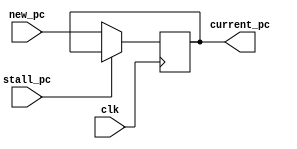
module PC (
    input wire clk,
    input wire stall_pc,
    input wire [31:0] new_pc,
    // input wire is_cache_hit_temp,
    // input wire [31:0] cache_hit_data_in,

    // output reg [31:0] cache_hit_data,
    // output reg is_cache_hit,
    output reg [31:0] current_pc
);
    always @(posedge clk) begin
        if(~stall_pc) begin
            current_pc <= new_pc;
            // is_cache_hit <= is_cache_hit_temp;
            // cache_hit_data <= cache_hit_data_in;
        end
    end
endmodule